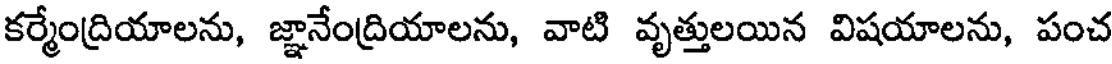
కర్మేంద్రియాలను, జ్ఞానేంద్రియాలను, వాటి వృత్తులయిన విషయాలను, పంచ